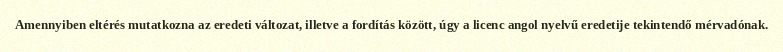
Amennyiben eltérés mutatkozna az eredeti változat, illetve a fordítás között, úgy a licenc angol nyelvű eredetije tekintendő mérvadónak.